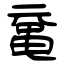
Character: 鼋